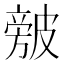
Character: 㿶